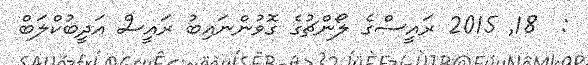
:  18